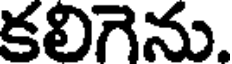
కలిగెను.